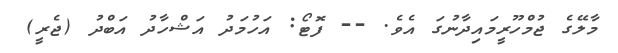
މާލޭގެ ޖުމްހޫރީމައިދާނުގަ އެވެ. -- ފޮޓޯ: އަހުމަދު އަޝްހާދު އަބްދު (ޖެރީ)